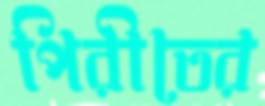
পিরীতের